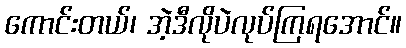
ကောင်းတယ်၊ အဲ့ဒီလိုပဲလုပ်ကြရအောင်။